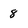
Character: 8